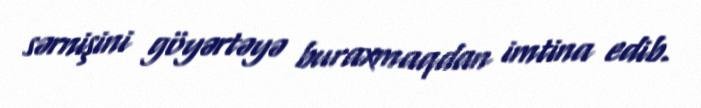
sərnişini göyərtəyə buraxmaqdan imtina edib.